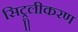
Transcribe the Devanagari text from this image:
सिट्रूलीकरण